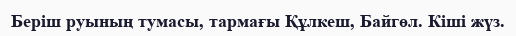
Беріш руының тумасы, тармағы Құлкеш, Байгөл. Кіші жүз.